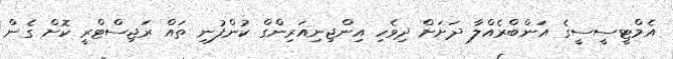
އެމްޓީސީސީގެ އަންބްރެއްލާ ދަށަށް ދިވެހި އިންޖިނިއަރިންގް ކުންފުނި ތައް ރަޖިސްޓްރީ ކޮށް ގެން